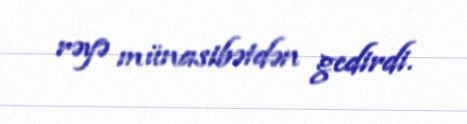
rəyə münasibətdən gedirdi.